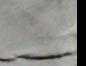
Signature authenticity: forged